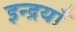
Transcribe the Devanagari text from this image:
इन्द्रयाँ